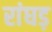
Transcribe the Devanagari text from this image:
रांघड़